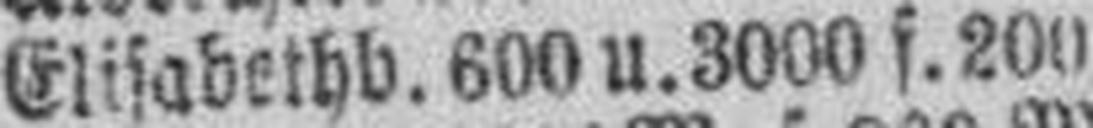
Elisabethb. 600 u. 3000 f. 200 M. 4%